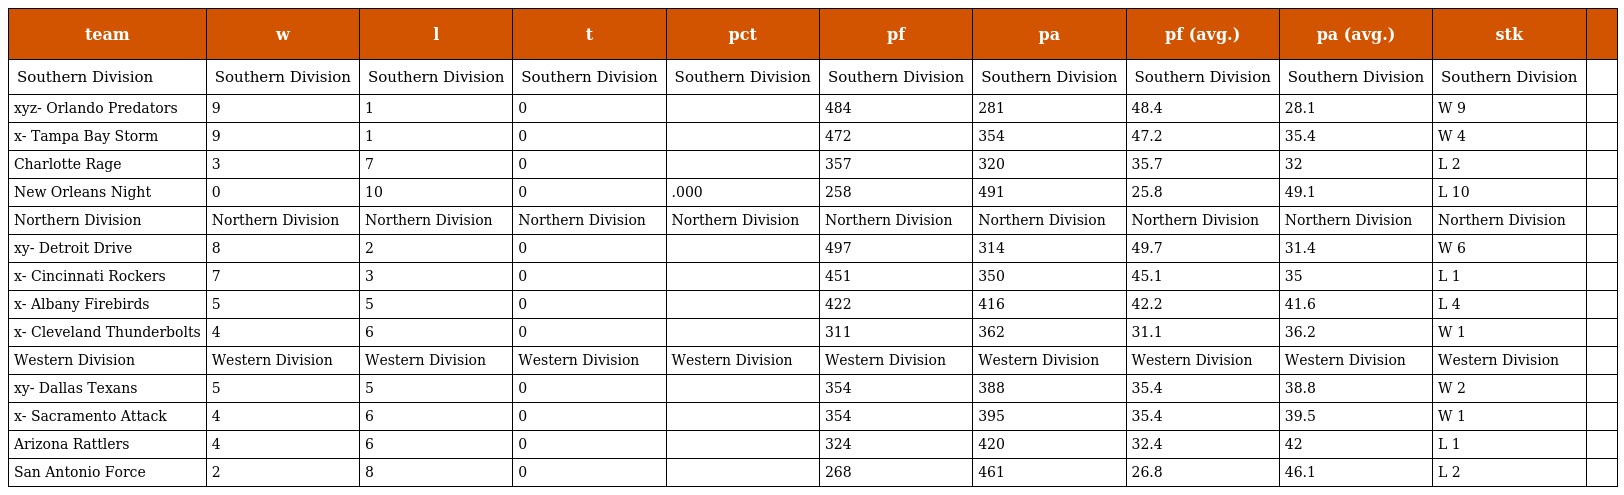
| team | w | l | t | pct | pf | pa | pf (avg.) | pa (avg.) | stk |  |
 | --- | --- | --- | --- | --- | --- | --- | --- | --- | --- | --- |
 | Southern Division | Southern Division | Southern Division | Southern Division | Southern Division | Southern Division | Southern Division | Southern Division | Southern Division | Southern Division |  |
 | xyz- Orlando Predators | 9 | 1 | 0 |  | 484 | 281 | 48.4 | 28.1 | W 9 |  |
 | x- Tampa Bay Storm | 9 | 1 | 0 |  | 472 | 354 | 47.2 | 35.4 | W 4 |  |
 | Charlotte Rage | 3 | 7 | 0 |  | 357 | 320 | 35.7 | 32 | L 2 |  |
 | New Orleans Night | 0 | 10 | 0 | .000 | 258 | 491 | 25.8 | 49.1 | L 10 |  |
 | Northern Division | Northern Division | Northern Division | Northern Division | Northern Division | Northern Division | Northern Division | Northern Division | Northern Division | Northern Division |  |
 | xy- Detroit Drive | 8 | 2 | 0 |  | 497 | 314 | 49.7 | 31.4 | W 6 |  |
 | x- Cincinnati Rockers | 7 | 3 | 0 |  | 451 | 350 | 45.1 | 35 | L 1 |  |
 | x- Albany Firebirds | 5 | 5 | 0 |  | 422 | 416 | 42.2 | 41.6 | L 4 |  |
 | x- Cleveland Thunderbolts | 4 | 6 | 0 |  | 311 | 362 | 31.1 | 36.2 | W 1 |  |
 | Western Division | Western Division | Western Division | Western Division | Western Division | Western Division | Western Division | Western Division | Western Division | Western Division |  |
 | xy- Dallas Texans | 5 | 5 | 0 |  | 354 | 388 | 35.4 | 38.8 | W 2 |  |
 | x- Sacramento Attack | 4 | 6 | 0 |  | 354 | 395 | 35.4 | 39.5 | W 1 |  |
 | Arizona Rattlers | 4 | 6 | 0 |  | 324 | 420 | 32.4 | 42 | L 1 |  |
 | San Antonio Force | 2 | 8 | 0 |  | 268 | 461 | 26.8 | 46.1 | L 2 |  |